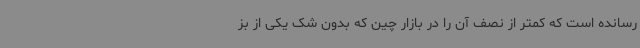
رسانده است که کمتر از نصف آن را در بازار چین که بدون شک یکی از بز